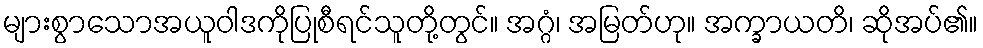
များစွာသောအယူဝါဒကိုပြုစီရင်သူတို့တွင်။ အဂ္ဂံ၊ အမြတ်ဟု။ အက္ခာယတိ၊ ဆိုအပ်၏။